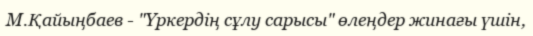
М.Қайыңбаев - "Үркердің сұлу сарысы" өлеңдер жинағы үшін,